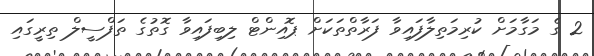
2 ގެ މަގާމަށް ކުރިމަތިލާފައިވާ ފަރާތްތަކަށް ޕޮއިންޓް ލިބިފައިވާ ގޮތުގެ ތަފްސީލް ތިރީގައި